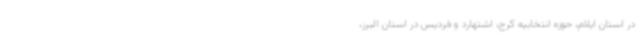
در استان ایلام، حوزه انتخابیه کرج، اشتهارد و فردیس در استان البرز،